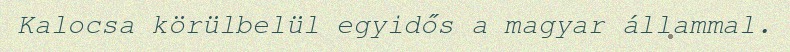
Kalocsa körülbelül egyidős a magyar állammal.